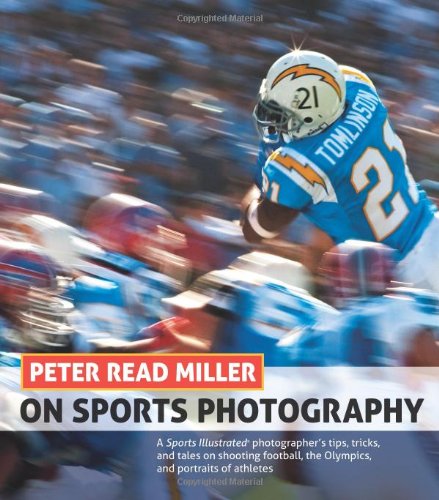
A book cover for Peter Read Miller on Sports Photography: A Sports Illustrated photographer's tips, tricks, and tales on shooting football, the Olympics, and portraits of athletes; Peter Read Miller; Arts & Photography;